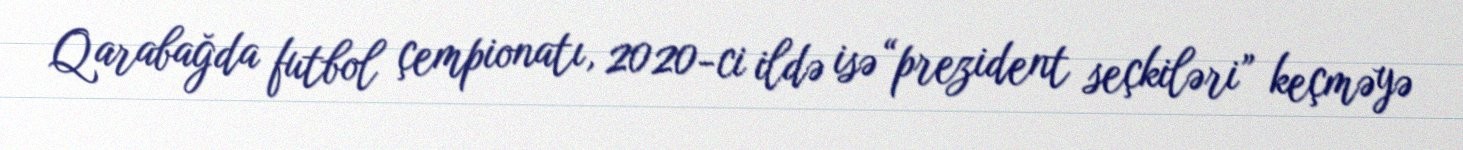
Qarabağda futbol çempionatı, 2020-ci ildə isə “prezident seçkiləri” keçməyə